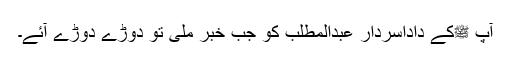
آپ ﷺکے داداسردار عبدالمطلب کو جب خبر ملی تو دوڑے دوڑے آئے۔